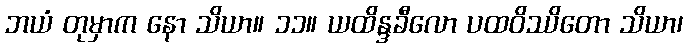
ဘယံ တုမှာက နော သိယာ။ ၁၁။ ယထိန္ဒခီလော ပထဝိဿိတော သိယာ၊